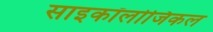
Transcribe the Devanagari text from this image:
साइकॉलोजिकल